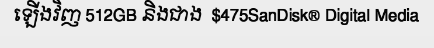
ឡើងវិញ 512GB និងជាង  $475SanDisk® Digital Media